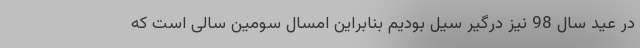
در عید سال 98 نیز درگیر سیل بودیم بنابراین امسال سومین سالی است که